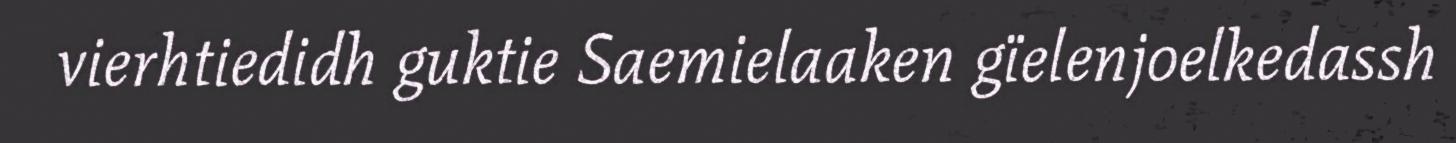
vierhtiedidh guktie Saemielaaken gïelenjoelkedassh